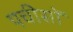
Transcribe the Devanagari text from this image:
पचीसों